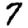
Digit: 7